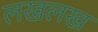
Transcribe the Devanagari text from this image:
लखलख